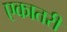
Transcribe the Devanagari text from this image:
एकातरी